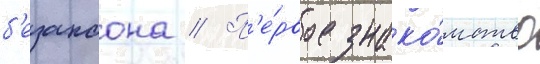
б'езансона // П'е́рвое знако́мство